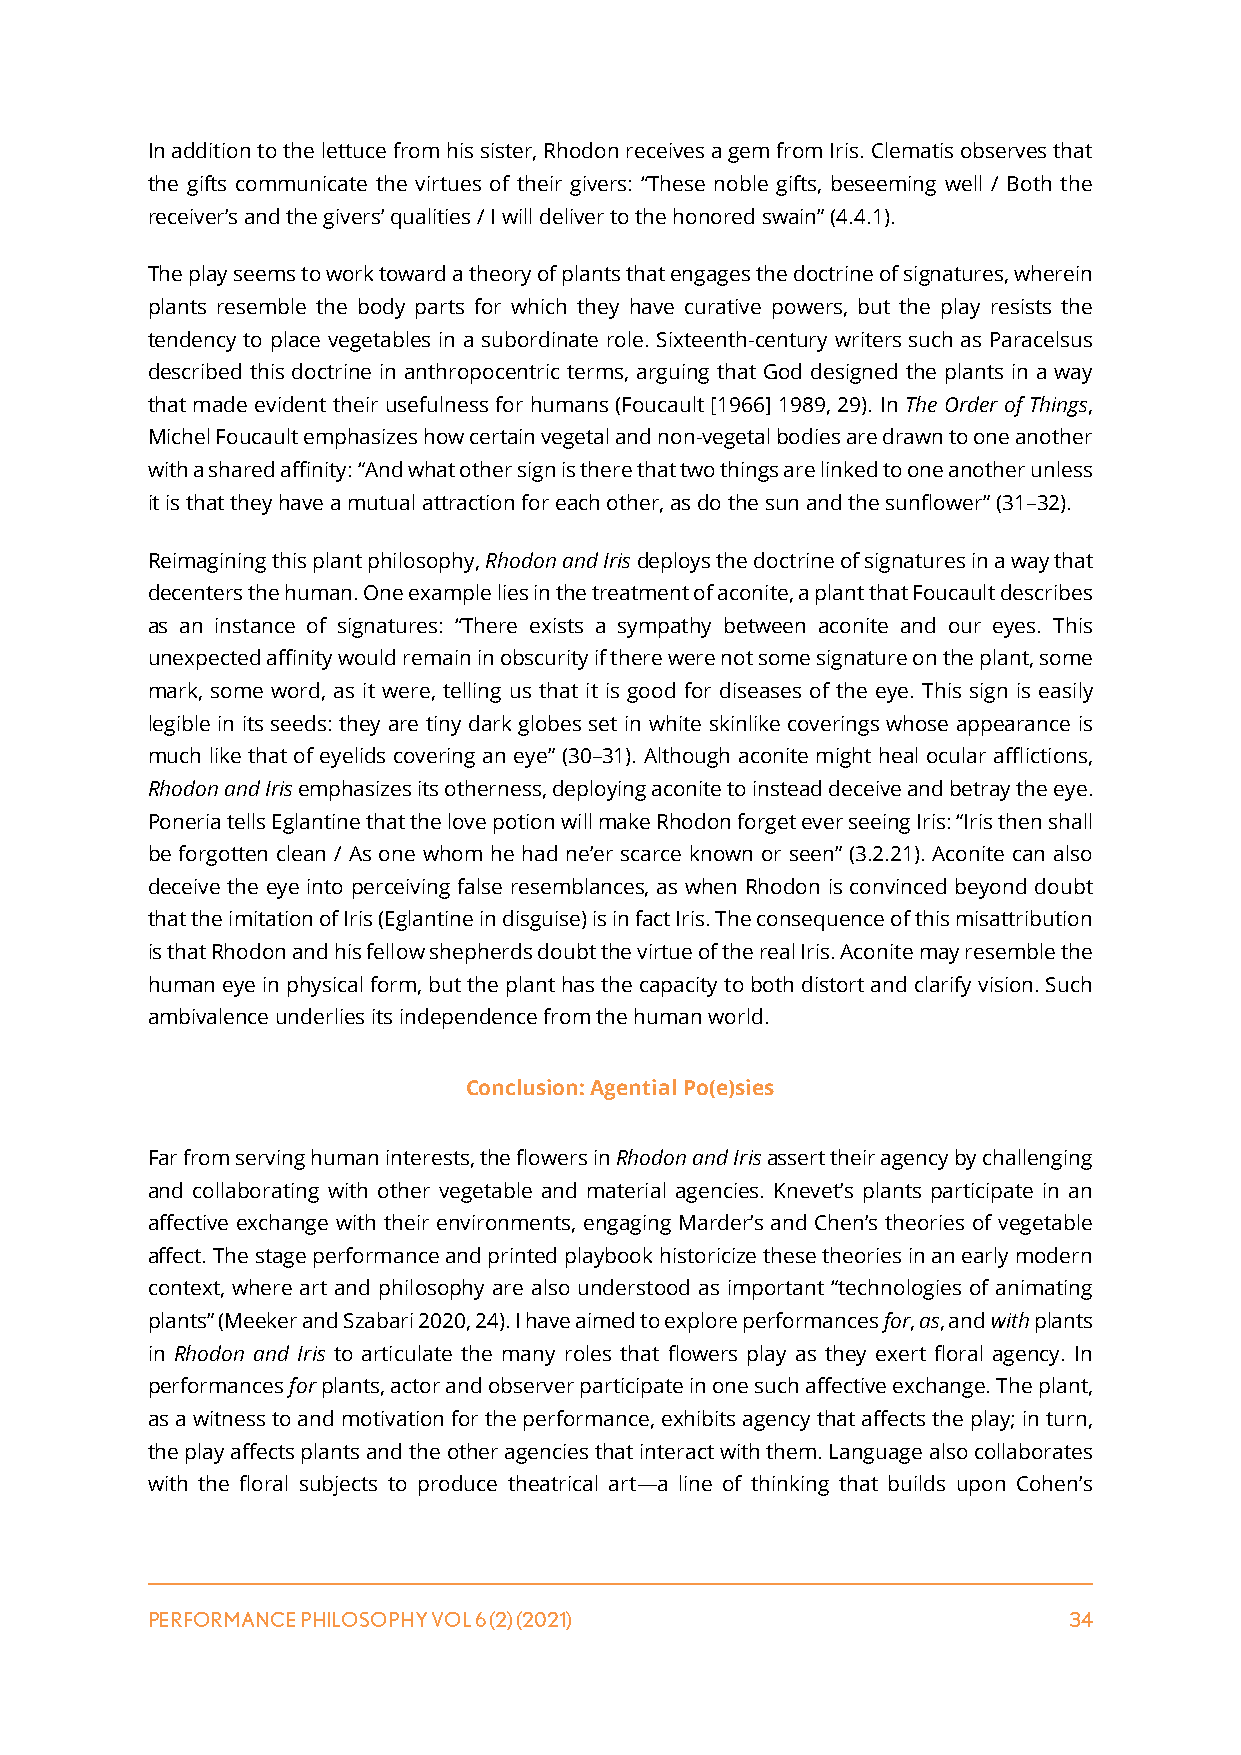
In addition to the lettuce from his sister, Rhodon receives a gem from Iris. Clematis observes that
 the gifts communicate the virtues of their givers: “These noble gifts, beseeming well / Both the
 receiver’s and the givers’ qualities / I will deliver to the honored swain” (4.4.1).
 The play seems to work toward a theory of plants that engages the doctrine of signatures, wherein
 plants resemble the body parts for which they have curative powers, but the play resists the
 tendency to place vegetables in a subordinate role. Sixteenth-century writers such as Paracelsus
 described this doctrine in anthropocentric terms, arguing that God designed the plants in a way
 that made evident their usefulness for humans (Foucault [1966] 1989, 29). In The Order of Things,
 Michel Foucault emphasizes how certain vegetal and non-vegetal bodies are drawn to one another
 with a shared affinity: “And what other sign is there that two things are linked to one another unless
 it is that they have a mutual attraction for each other, as do the sun and the sunflower” (31–32).
 Reimagining this plant philosophy, Rhodon and Iris deploys the doctrine of signatures in a way that
 decenters the human. One example lies in the treatment of aconite, a plant that Foucault describes
 as an instance of signatures: “There exists a sympathy between aconite and our eyes. This
 unexpected affinity would remain in obscurity if there were not some signature on the plant, some
 mark, some word, as it were, telling us that it is good for diseases of the eye. This sign is easily
 legible in its seeds: they are tiny dark globes set in white skinlike coverings whose appearance is
 much like that of eyelids covering an eye” (30–31). Although aconite might heal ocular afflictions,
 Rhodon and Iris emphasizes its otherness, deploying aconite to instead deceive and betray the eye.
 Poneria tells Eglantine that the love potion will make Rhodon forget ever seeing Iris: “Iris then shall
 be forgotten clean / As one whom he had ne’er scarce known or seen” (3.2.21). Aconite can also
 deceive the eye into perceiving false resemblances, as when Rhodon is convinced beyond doubt
 that the imitation of Iris (Eglantine in disguise) is in fact Iris. The consequence of this misattribution
 is that Rhodon and his fellow shepherds doubt the virtue of the real Iris. Aconite may resemble the
 human eye in physical form, but the plant has the capacity to both distort and clarify vision. Such
 ambivalence underlies its independence from the human world.
 Conclusion: Agential Po(e)sies
 Far from serving human interests, the flowers in Rhodon and Iris assert their agency by challenging
 and collaborating with other vegetable and material agencies. Knevet’s plants participate in an
 affective exchange with their environments, engaging Marder’s and Chen’s theories of vegetable
 affect. The stage performance and printed playbook historicize these theories in an early modern
 context, where art and philosophy are also understood as important “technologies of animating
 plants” (Meeker and Szabari 2020, 24). I have aimed to explore performances for, as, and with plants
 in Rhodon and Iris to articulate the many roles that flowers play as they exert floral agency. In
 performances for plants, actor and observer participate in one such affective exchange. The plant,
 as a witness to and motivation for the performance, exhibits agency that affects the play; in turn,
 the play affects plants and the other agencies that interact with them. Language also collaborates
 with the floral subjects to produce theatrical art—a line of thinking that builds upon Cohen’s
 PERFORMANCE PHILOSOPHY VOL 6 (2) (2021)                      34